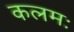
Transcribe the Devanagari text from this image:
कलमः